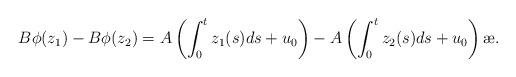
LaTeX: \begin{align*}B \phi(z_1) - B \phi (z_2)= A\left(\int_{0}^{t} z_1(s)ds + u_0 \right)- A\left(\int_{0}^{t} z_2(s)ds + u_0 \right) \ae.\end{align*}